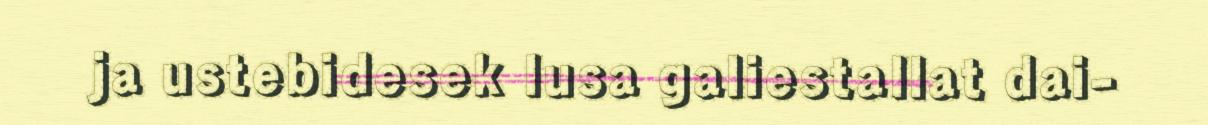
ja ustebidesek lusa galiestallat dai-